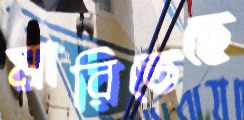
মারিতেছে